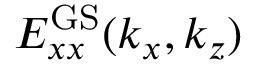
E _ { x x } ^ { \mathrm { G S } } ( k _ { x } , k _ { z } )